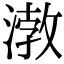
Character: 㴾